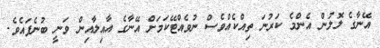
އޭނާގެ ލޮލުން އެންމެ ކަރުނަ ތިއްކެއްވެސް ނުވެއްޓޭކަމަށް އޭނާގެ އާއިލާއިން ވަނީ ބުނެފައެވެ.